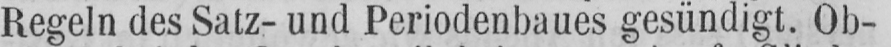
Regeln des Satz- und Periodenbaues gesündigt. Ob-